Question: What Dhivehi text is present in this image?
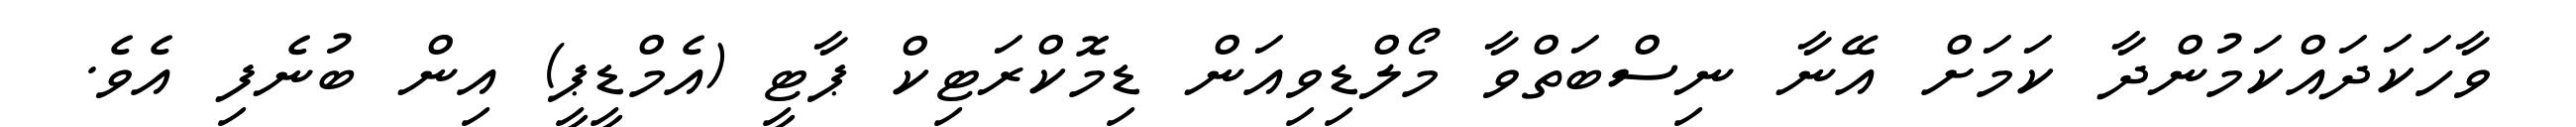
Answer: ވާހަކަދައްކަމުންދާ ކަމަށް އޭނާ ނިސްބަތްވާ މޯލްޑިވިއަން ޑިމޮކްރަޓިކް ޕާޓީ (އެމްޑީޕީ) އިން ބުނެފި އެވެ.